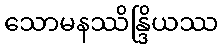
သောမနဿိန္ဒြိယဿ